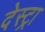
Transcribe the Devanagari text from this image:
देस्ट्रा